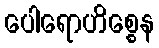
ပေါရောဟိစ္စေန